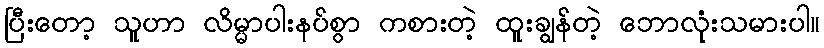
ပြီးတော့ သူဟာ လိမ္မာပါးနပ်စွာ ကစားတဲ့ ထူးချွန်တဲ့ ဘောလုံးသမားပါ။